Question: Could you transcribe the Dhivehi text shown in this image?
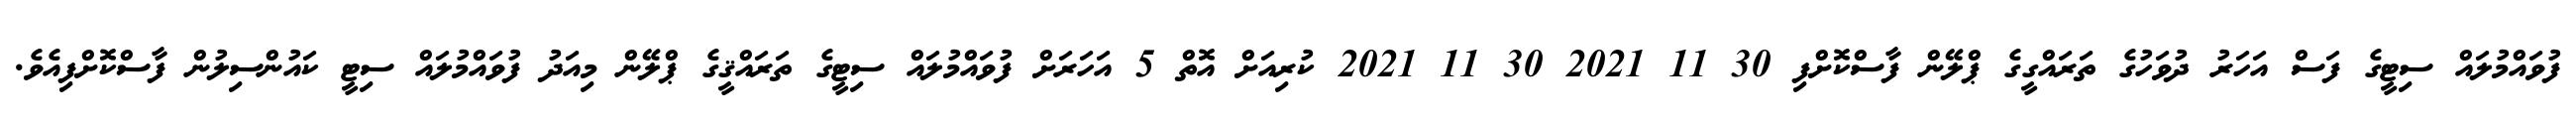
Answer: ފުވައްމުލައް ސިޓީގެ ފަސް އަހަރު ދުވަހުގެ ތަރައްގީގެ ޕްލޭން ފާސްކޮށްފި 30 11 2021 30 11 2021 ކުރިއަށް އޮތް 5 އަހަރަށް ފުވައްމުލައް ސިޓީގެ ތަރައްޤީގެ ޕްލޭން މިއަދު ފުވައްމުލައް ސިޓީ ކައުންސިލުން ފާސްކޮށްފިއެވެ.